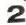
2